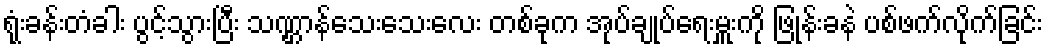
ရုံးခန်းတံခါး ပွင့်သွားပြီး သဏ္ဌာန်သေးသေးလေး တစ်ခုက အုပ်ချုပ်ရေးမှူးကို ဖြုန်းခနဲ ပစ်ဖက်လိုက်ခြင်း